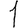
Digit: 1